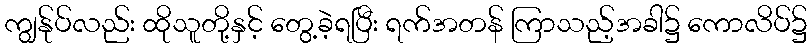
ကျွန်ုပ်လည်း ထိုသူတို့နှင့် တွေ့ခဲ့ရပြီး ရက်အတန် ကြာသည့်အခါ၌ ကောလိပ်၌